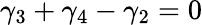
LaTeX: \gamma_{3}+\gamma_{4}-\gamma_{2}=0